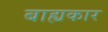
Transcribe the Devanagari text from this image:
बाह्यकार